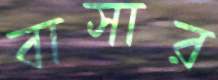
বাসার